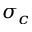
\sigma _ { c }